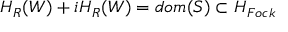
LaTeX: { \cal H } _ { R } ( W ) + i { \cal H } _ { R } ( W ) = d o m ( S ) \subset { \cal H } _ { F o c k }